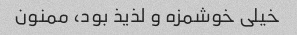
خیلی خوشمزه و لذیذ بود، ممنون